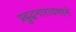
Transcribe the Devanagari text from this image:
प्रब्रुद्धनारायणाने